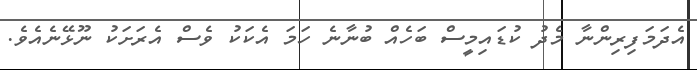
އެދަމަފިރިންނާ މެދު ކުޑައިމީސް ބަހެއް ބުނާނެ ހަމަ އެކަކު ވެސް އެރަށަކު ނޫޅޭނެއެވެ.